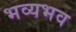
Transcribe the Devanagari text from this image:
भव्यभव